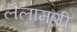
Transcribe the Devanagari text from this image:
लैलामणी